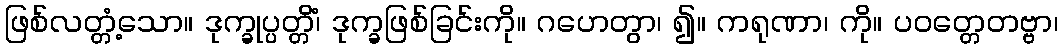
ဖြစ်လတ္တံ့သော။ ဒုက္ခုပ္ပတ္တိံ၊ ဒုက္ခဖြစ်ခြင်းကို။ ဂဟေတွာ၊ ၍။ ကရုဏာ၊ ကို။ ပဝတ္တေတဗ္ဗာ၊